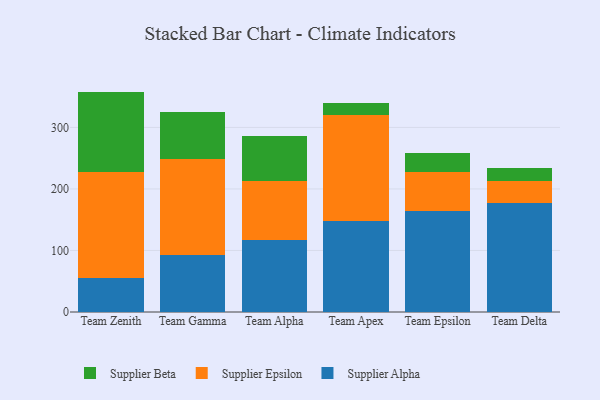
{"axis": {"x": "Team", "y": "Inventory Turnover"}, "legend": ["Supplier Alpha", "Supplier Beta", "Supplier Epsilon"], "data": [{"x": "Team Zenith", "y": 55.7, "type": "Supplier Alpha"}, {"x": "Team Zenith", "y": 171.8, "type": "Supplier Epsilon"}, {"x": "Team Zenith", "y": 130.7, "type": "Supplier Beta"}, {"x": "Team Gamma", "y": 92.7, "type": "Supplier Alpha"}, {"x": "Team Gamma", "y": 155.7, "type": "Supplier Epsilon"}, {"x": "Team Gamma", "y": 77.0, "type": "Supplier Beta"}, {"x": "Team Alpha", "y": 117.6, "type": "Supplier Alpha"}, {"x": "Team Alpha", "y": 95.8, "type": "Supplier Epsilon"}, {"x": "Team Alpha", "y": 73.2, "type": "Supplier Beta"}, {"x": "Team Apex", "y": 147.6, "type": "Supplier Alpha"}, {"x": "Team Apex", "y": 171.9, "type": "Supplier Epsilon"}, {"x": "Team Apex", "y": 20.2, "type": "Supplier Beta"}, {"x": "Team Epsilon", "y": 164.2, "type": "Supplier Alpha"}, {"x": "Team Epsilon", "y": 63.2, "type": "Supplier Epsilon"}, {"x": "Team Epsilon", "y": 30.6, "type": "Supplier Beta"}, {"x": "Team Delta", "y": 177.4, "type": "Supplier Alpha"}, {"x": "Team Delta", "y": 35.9, "type": "Supplier Epsilon"}, {"x": "Team Delta", "y": 21.2, "type": "Supplier Beta"}]}